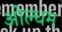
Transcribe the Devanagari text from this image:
ओल्धम